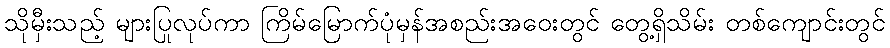
သိုမှီးသည့် များပြုလုပ်ကာ ကြိမ်မြောက်ပုံမှန်အစည်းအဝေးတွင် တွေ့ရှိသိမ်း တစ်ကျောင်းတွင်